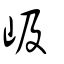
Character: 岋